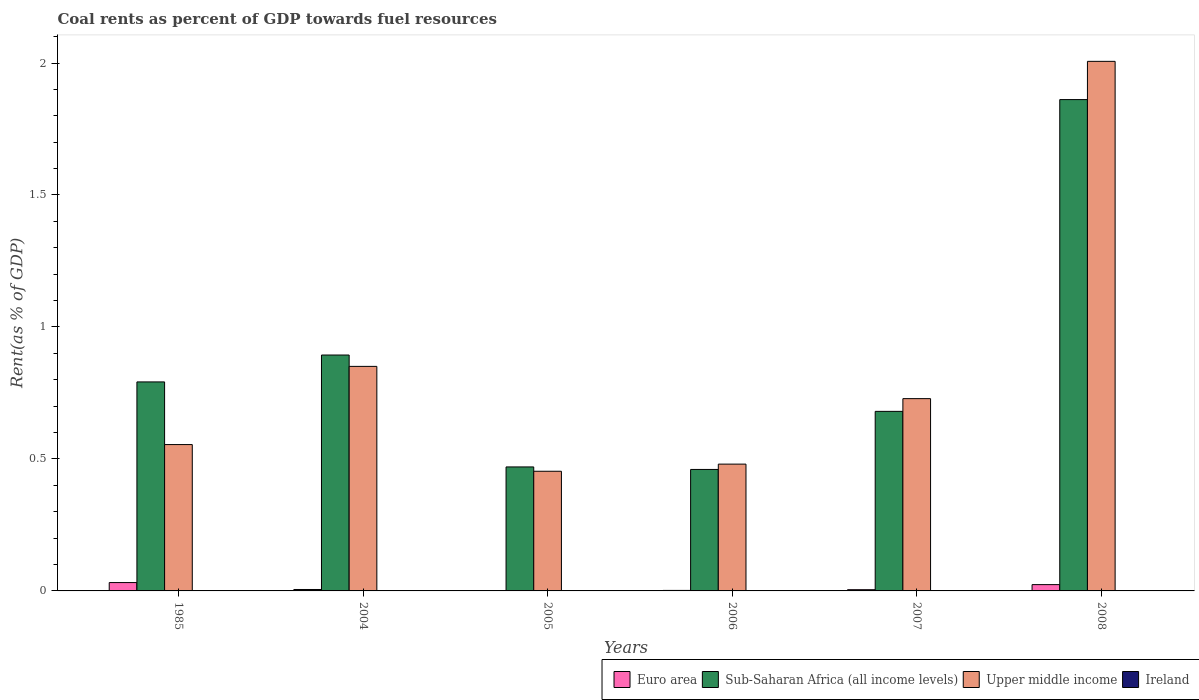
| Years | Euro area | Sub-Saharan Africa (all income levels) | Upper middle income | Ireland |
 | --- | --- | --- | --- | --- |
 | 1985 | 0.0317 | 0.792 | 0.554 | 0.000761 |
 | 2004 | 0.00544 | 0.894 | 0.851 | 0.000344 |
 | 2005 | 0.00158 | 0.47 | 0.453 | 7.67e-05 |
 | 2006 | 0.00193 | 0.46 | 0.48 | 0.000114 |
 | 2007 | 0.00467 | 0.68 | 0.728 | 0.000306 |
 | 2008 | 0.0239 | 1.86 | 2.01 | 0.00152 |